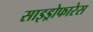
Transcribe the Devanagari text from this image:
साइड्रोफारेस